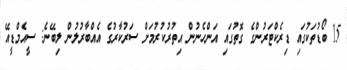
15 ބޯޑުތަކުގައި ޑިރެކްޓަރުންގެ ގޮތުގައި އަންހެނުން އިތުރުކުރުމަށް ސަރުކާރުގެ އެއްބާރުލުން ލިބޭނެ: ސީއެމްޑީއޭ